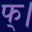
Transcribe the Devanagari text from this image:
फ्।